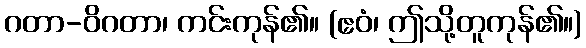
ဂတာ-ဝိဂတာ၊ ကင်းကုန်၏။ (ဧဝံ၊ ဤသို့တူကုန်၏။)